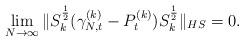
LaTeX: \begin{align*}\lim_{N\to\infty}\|S_k^\frac12(\gamma_{N,t}^{(k)}-P^{(k)}_t)S_k^\frac12\|_{HS} =0. \end{align*}